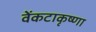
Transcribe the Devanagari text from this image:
वेंकटाकृष्णा